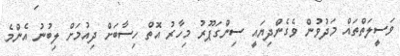
ވަސީލަތްތައް މަދުވުން ވެގެންދިޔައީ ސިންގަޕޫރު މިހާރު އޮތް ހިސާބަށް ދިއުމަށް ލިބުނު އެންމެ